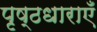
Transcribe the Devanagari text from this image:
पृष्ठधाराएँ